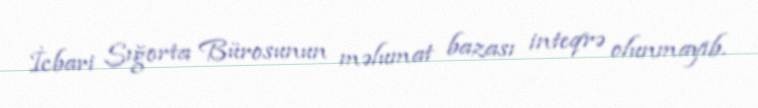
İcbari Sığorta Bürosunun məlumat bazası inteqrə olunmayıb.